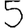
Digit: 5